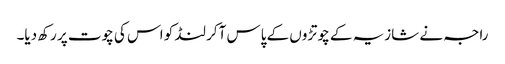
راجہ نے شازیہ کے چوتڑوں کے پاس آکر لنڈ کو اس کی چوت پر رکھ دیا۔